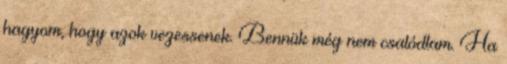
hagyom, hogy azok vezessenek. Bennük még nem csalódtam. Ha